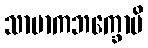
သာမာကဘက္ခောပိ